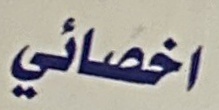
اخصائي